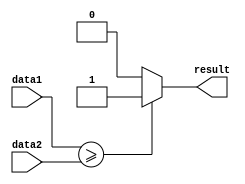
module greater_than_or_equal_comparator (
    input [31:0] data1,
    input [31:0] data2,
    output reg result
);

always @ (*) begin
    if (data1 >= data2) begin
        result = 1;
    end else begin
        result = 0;
    end
end

endmodule